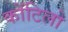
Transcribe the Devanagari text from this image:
कोंटिलो